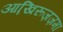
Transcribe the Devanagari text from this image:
आखि़रूज़ज़मा